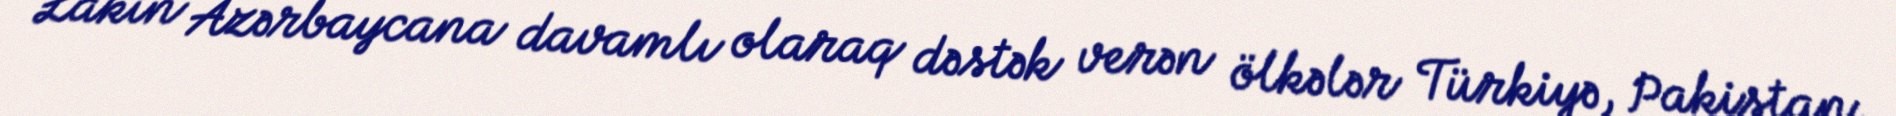
Lakin Azərbaycana davamlı olaraq dəstək verən ölkələr Türkiyə, Pakistan,